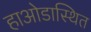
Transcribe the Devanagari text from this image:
हाओडास्थित